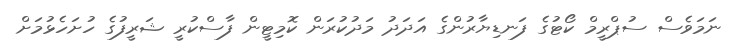
ނަމަވެސް ސުޕްރީމް ކޯޓުގެ ފަނޑިޔާރުންގެ އަދަދު މަދުކުރަން ކޮމިޓީން ފާސްކުރީ ޝަރީފުގެ ހުށަހެޅުމަށް